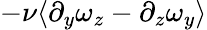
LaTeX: -\nu\langle\partial_{y}\omega_{z}-\partial_{z}\omega_{y}\rangle